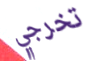
تخرجي